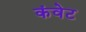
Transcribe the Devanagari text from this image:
कंवेट